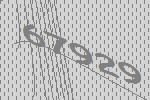
67929